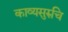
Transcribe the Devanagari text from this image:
काव्यसुरुचि